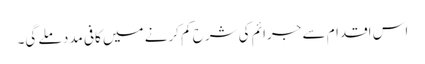
اس اقدام سے جرائم کی شرح کم کرنے میں کافی مدد ملے گی۔